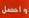
واحصل